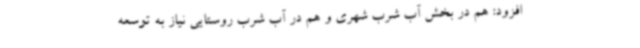
افزود: هم در بخش آب شرب شهری و هم در آب شرب روستایی نیاز به توسعه